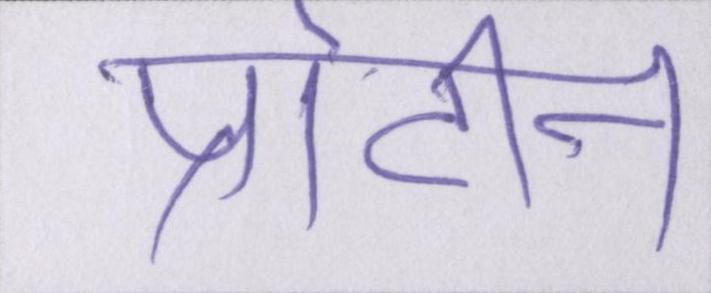
प्रोटीन